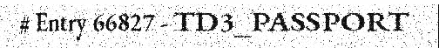
# Entry 66827 - TD3_PASSPORT